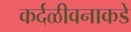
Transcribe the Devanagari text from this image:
कर्दळीवनाकडे